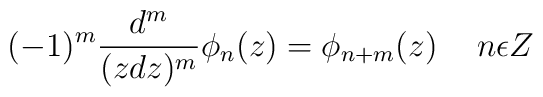
(-1)^m\frac{d^m}{(zdz)^m} \phi_n(z)=\phi_{n+m} (z) \hspace {5mm} n \epsilon Z